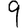
Digit: 9